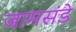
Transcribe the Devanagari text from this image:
जामसंडे